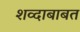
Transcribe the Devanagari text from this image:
शव्दाबाबत